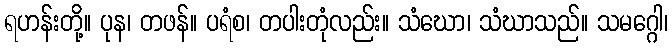
ရဟန်းတို့။ ပုန၊ တဖန်။ ပရံစ၊ တပါးတုံလည်း။ သံဃော၊ သံဃာသည်။ သမဂ္ဂေါ၊